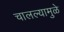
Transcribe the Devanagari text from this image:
चालल्यामुळे